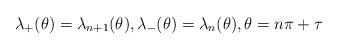
LaTeX: \begin{align*} \lambda_+(\theta)=\lambda_{n+1}(\theta), \lambda_-(\theta)=\lambda_{n}(\theta),\theta=n\pi+\tau\end{align*}